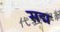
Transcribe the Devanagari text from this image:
सद्म